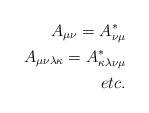
\begin{align*}A_{\mu\nu} = A^*_{\nu\mu}\\ A_{\mu\nu\lambda\kappa} = A^*_{\kappa\lambda\nu\mu}\\ etc.\end{align*}